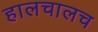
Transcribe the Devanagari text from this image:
हालचालच